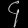
Digit: ၄